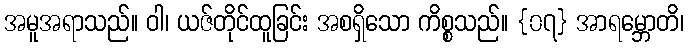
အမူအရာသည်။ ဝါ၊ ယဇ်တိုင်ထူခြင်း အစရှိသော ကိစ္စသည်။ {၀၇} အာရမ္ဘောတိ၊